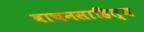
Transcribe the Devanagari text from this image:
वाचनसाहित्य